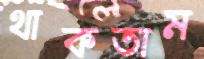
থাকতাম